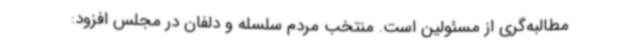
مطالبه‌گری از مسئولین است. منتخب مردم سلسله و دلفان در مجلس افزود: